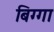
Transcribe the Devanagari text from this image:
बिग्गा